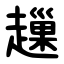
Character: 䟁